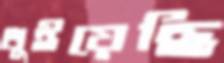
ধুইয়েছি